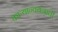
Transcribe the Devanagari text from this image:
काऱ्यान्वयनाची